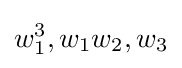
w_{1}^{3},w_{1}w_{2},w_{3}